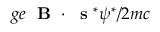
g e \mathrm { ~ \bf ~ B ~ } \cdot \mathrm { ~ \bf ~ s ~ } ^ { * } \psi ^ { * } / 2 m c